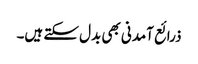
ذرائع آمدنی بھی بدل سکتے ہیں۔